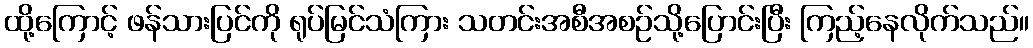
ထို့ကြောင့် ဖန်သားပြင်ကို ရုပ်မြင်သံကြား သတင်းအစီအစဉ်သို့ပြောင်းပြီး ကြည့်နေလိုက်သည်။